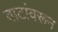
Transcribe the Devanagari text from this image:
वाटांवरून